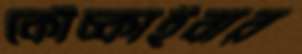
কোঁচ্‌কাইবার